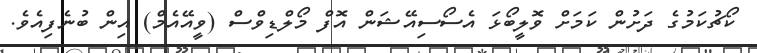
ކޯޗުކަމުގެ ދަށުން ކަމަށް ވޮލީބޯޅަ އެސޯސިއޭޝަން އޮފް މޯލްޑިވްސް (ވީއޭއެމް) އިން ބުނެފިއެވެ.